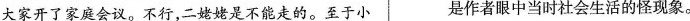
大家开了家庭会议。不行，二姥姥是不能走的。至于小 是作者眼中当时社会生活的怪现象。